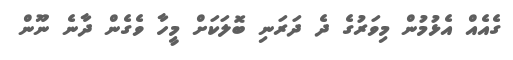
ގެއެއް އެޅުމުން މިވަރުގެ ދެ ދަރަނި ބޮލަކަށް މީހާ ވެގެން ދާނެ ނޫން